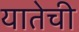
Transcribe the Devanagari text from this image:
यातेची